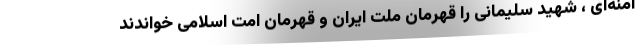
امنه‌ای ، شهید سلیمانی را قهرمان ملت ایران و قهرمان امت اسلامی خواندند